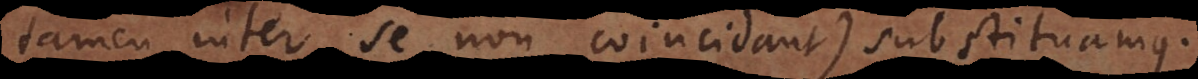
tamen inter se non coincidant) substituamus.